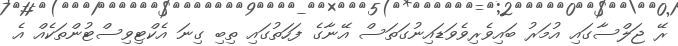
ރޭ ޖަލްސާގައި އުމަރު ބައިވެރިވެވަޑައިނުގަތަސް އޭނާގެ ފަހަތުގައި ތިބި ގިނަ އެކްޓިވިސްޓުންތަކެއް އެ